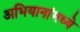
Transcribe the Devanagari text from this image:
अभियानांमध्ये